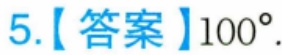
5.【答案】\(100^{\circ}\).